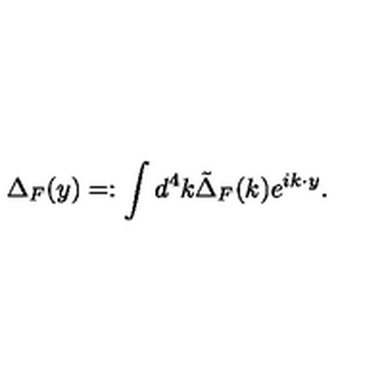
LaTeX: \Delta _ { F } ( y ) = : \int d ^ { 4 } k \tilde { \Delta } _ { F } ( k ) e ^ { i k \cdot y } .